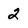
Character: 2